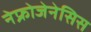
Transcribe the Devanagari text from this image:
नेफ्रोजेनेसिस